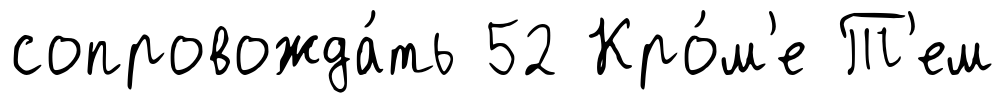
сопровожда́ть 52 Кро́м'е Т'ем